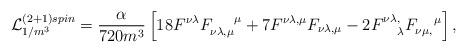
LaTeX: \begin{align*}{\cal L}^{(2+1)spin}_{1/m^3}=\frac{\alpha}{720 m^3} \left[18 F^{\nu \lambda}F_{\nu\lambda,\mu}^{~~~~\mu}+7 F^{\nu \lambda,\mu}F_{\nu\lambda,\mu}-2F^{\nu \lambda,}_{~~~\lambda}F_{\nu\mu,}^{~~~\mu}\right],\end{align*}